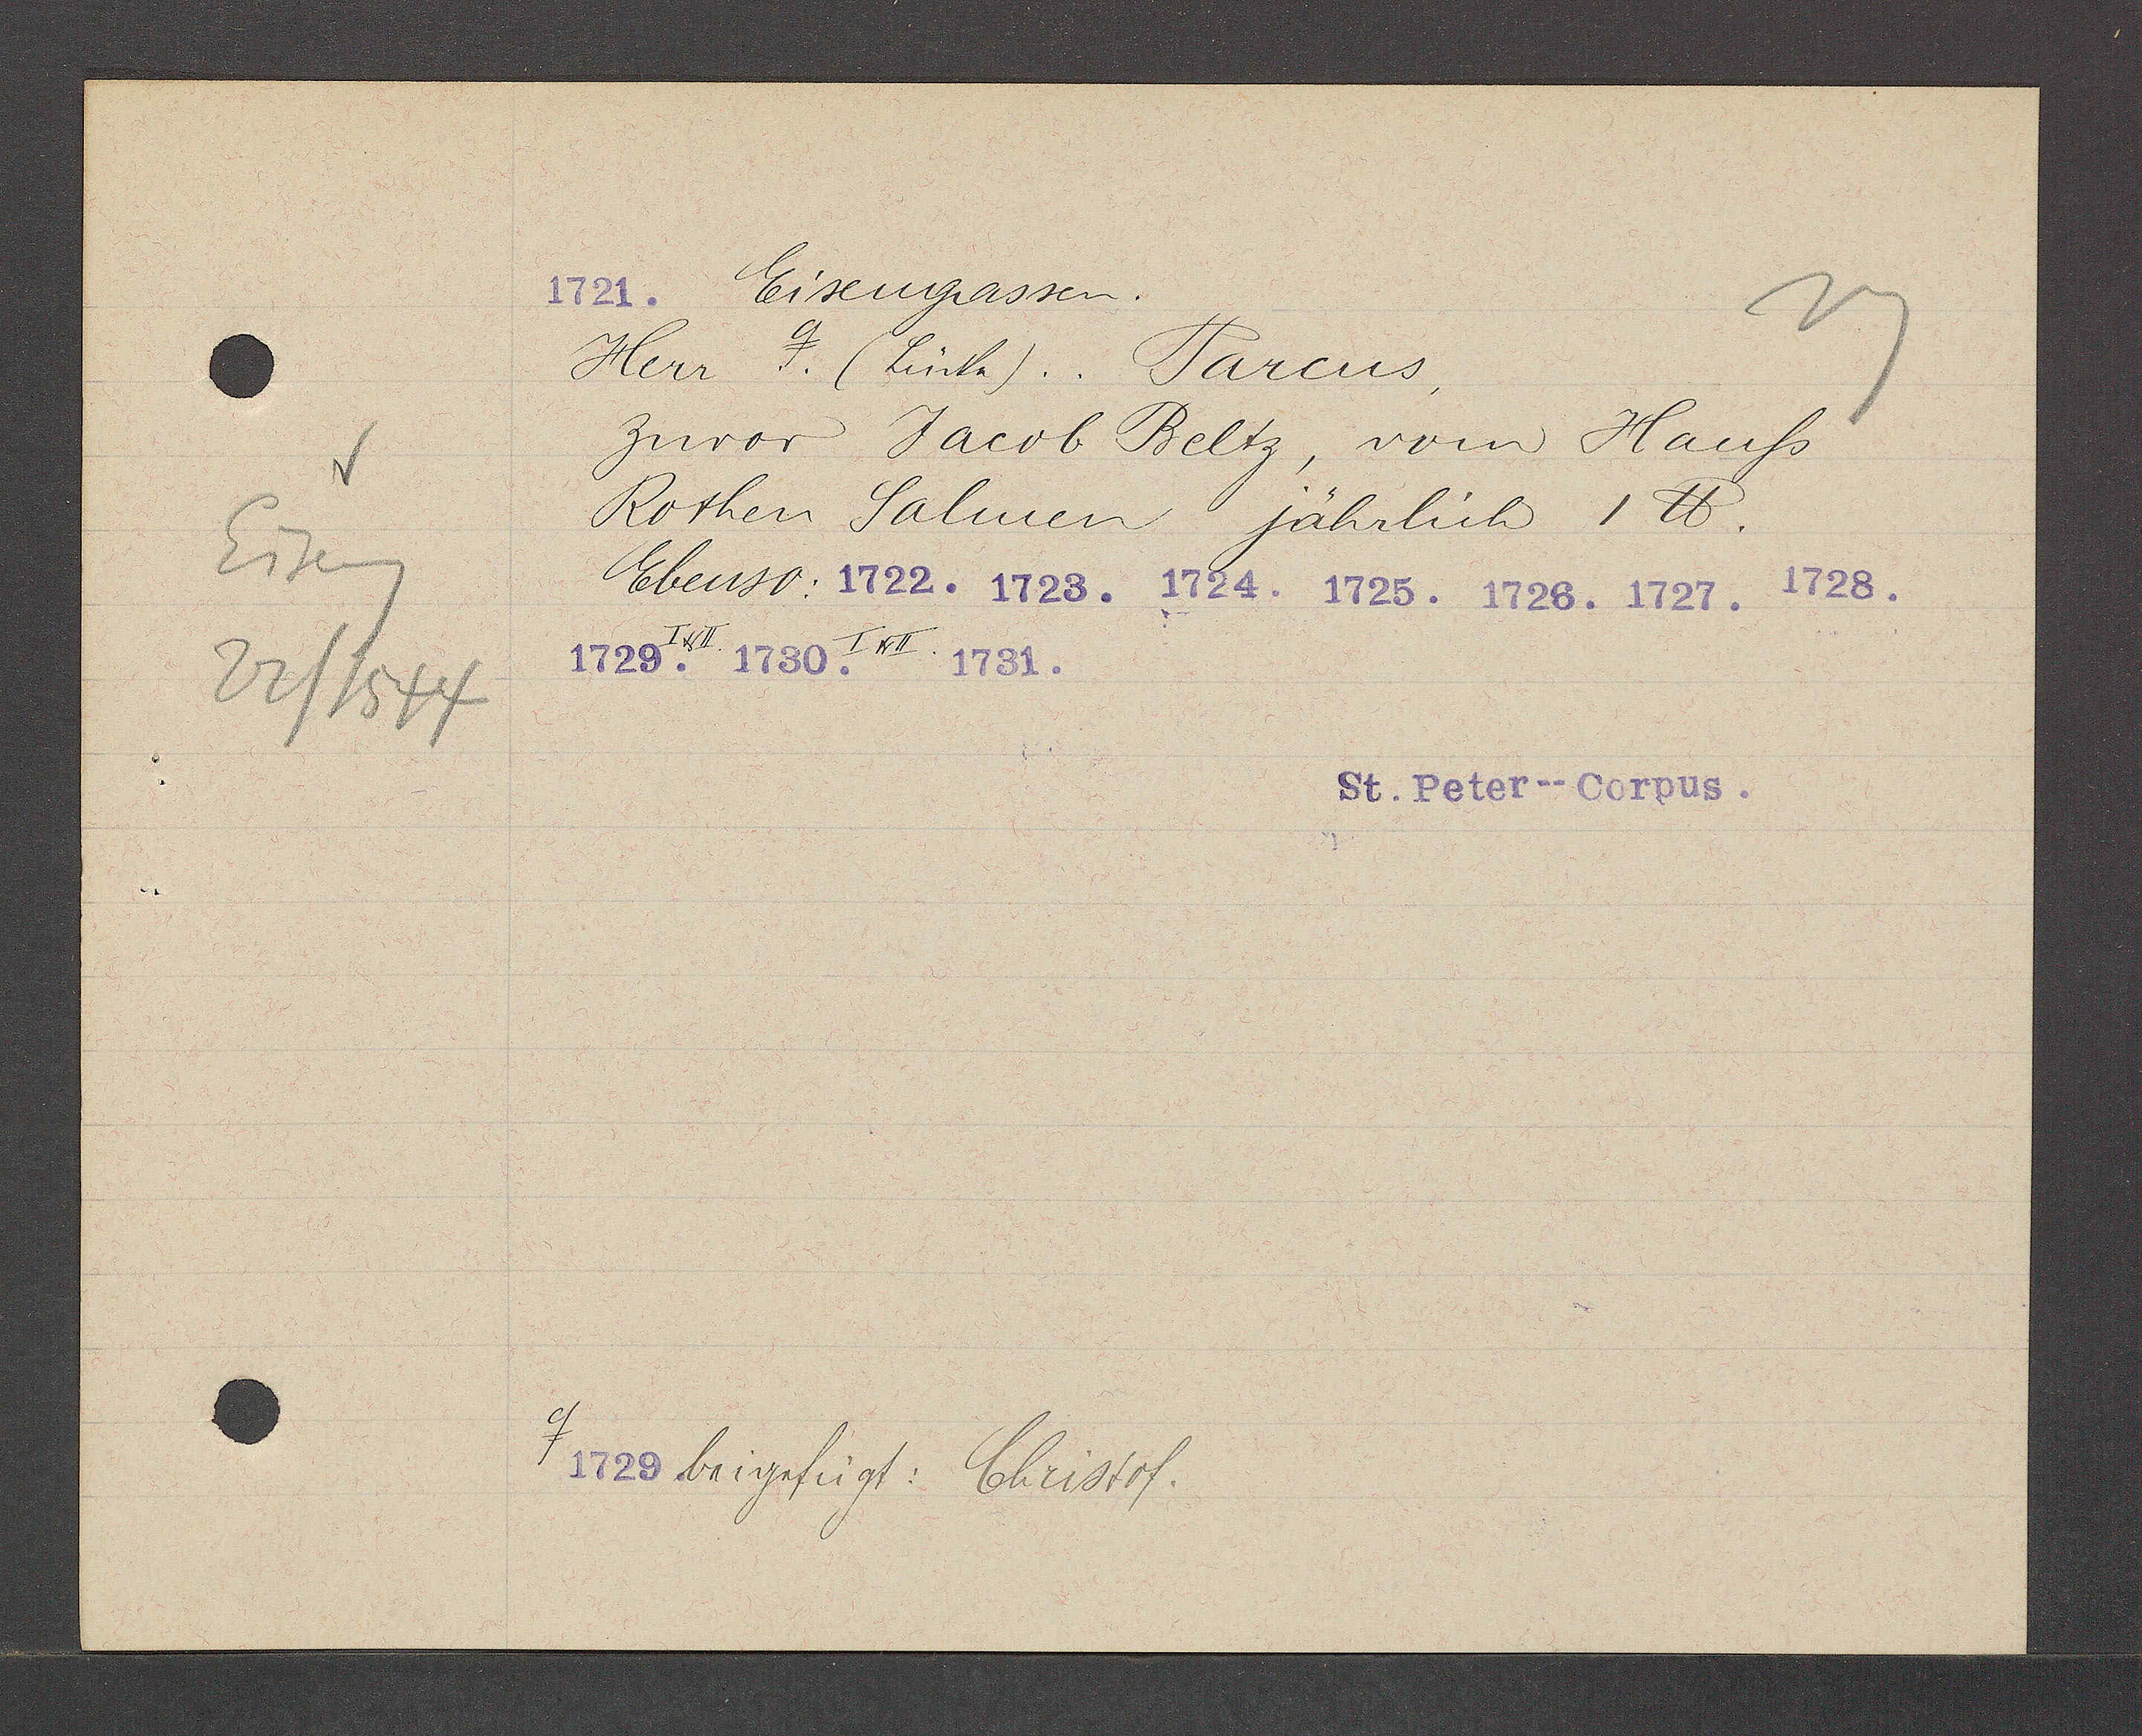
Transcript:
Eiseng
22/1544

Eisengassen
Herr ɋ. (Lücke) . . Parcus
Zuvor Jacob Beltz, vom Hauß
Rothen Salmen jährlich 1 lb.
Ebenso:
I u II
I u II
ɋ
beigefügt: Christof.